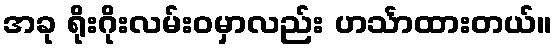
အခု ရိုးဂိုးလမ်းဝမှာလည်း ဟင်္သာထားတယ်။